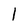
Character: l